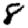
Digit: 8